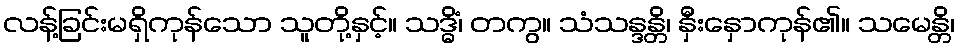
လန့်ခြင်းမရှိကုန်သော သူတို့နှင့်။ သဒ္ဓိံ၊ တကွ။ သံသန္ဒန္တိ၊ နှီးနှောကုန်၏။ သမေန္တိ၊